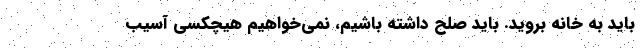
باید به خانه بروید. باید صلح داشته باشیم، نمی‌خواهیم هیچکسی آسیب